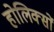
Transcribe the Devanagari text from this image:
होलिक्सों